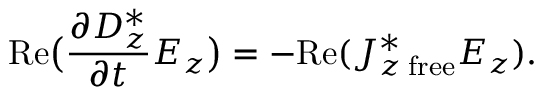
\mathrm { R e } \bigl ( { \frac { \partial D _ { z } ^ { * } } { \partial t } } E _ { z } \bigr ) = - \mathrm { R e } ( J _ { z \; \mathrm { f r e e } } ^ { * } E _ { z } ) .